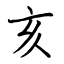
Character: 亥